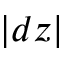
| d z |